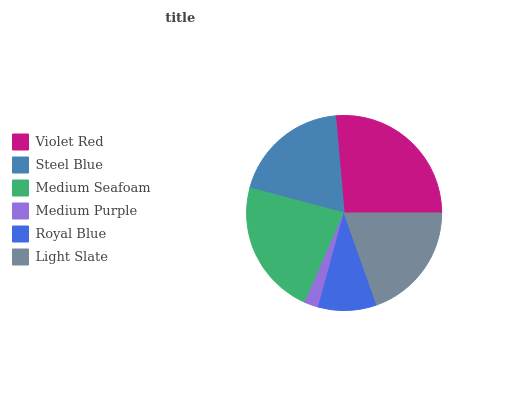
| Violet Red | Steel Blue | Medium Seafoam | Medium Purple | Royal Blue | Light Slate |
 | --- | --- | --- | --- | --- | --- |
 | 26.4% | 19.4% | 22.6% | 2.32% | 9.68% | 19.6% |